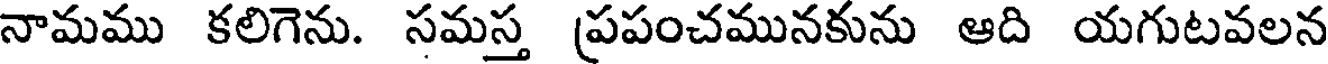
నామము కలిగెను. సమస్త ప్రపంచమునకును ఆది యగుటవలన